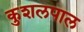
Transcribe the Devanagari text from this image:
कुशलपाल